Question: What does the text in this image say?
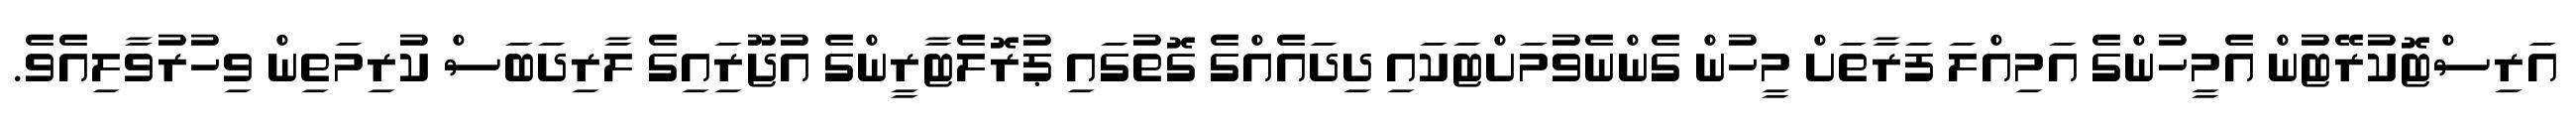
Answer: އަރިސްޓޮކުރޭޓުން އެމީހުންގެ އަމިއްލަ ފަރާތަށް މީހުން ގެންނެވުމަށްޓަކައި ދިދައެއްގެ ގޮތުގައި ޕުރޮލެޓާރީންގެ އުޖޫރަިއިގެ ލާރިދަބަސް ކުރިމަތިން ވިހުރުވާލިއެވެ.